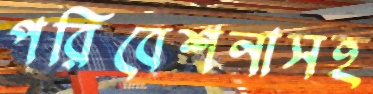
পরিবেশনাসহ